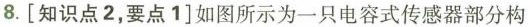
8.[知识点2，要点1]如图所示为一只电容式传感器部分构